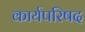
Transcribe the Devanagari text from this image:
कार्यपरिषद